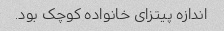
اندازه پیتزای خانواده کوچک بود.